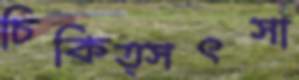
চিকিত্সৎসা